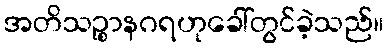
အတိသဉ္စာနဂရဟုခေါ်တွင်ခဲ့သည်။